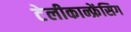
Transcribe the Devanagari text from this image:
टेलीकान्फ्रेंसिग